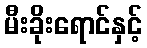
မီးခိုးရောင်နှင့်